Vaccination in Bombay 1924-1928 - 1924-1928
Year: 1924
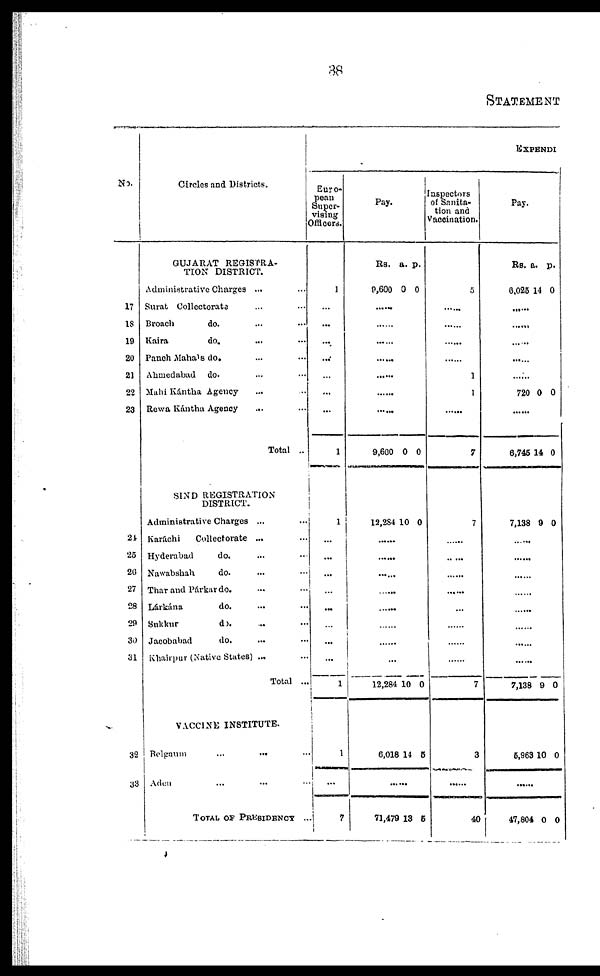
38
STATEMENT
No.
17
18
19
20
21
22
23
21
25
26
27
28
29
30
31
32
33
Circles and Districts.
GUJARAT REGISTRA-
TION DISTRICT.
Administrative Charges ...
Surat Collectorate ... ...
Broach
do. ... ...
Kaira
do. ... ...
Panch Mahals do. ... ...
Ahmedabad
do. ... ...
Mahi Kántha Agency ... ...
Rewa Kántha Agency
... ...
Total ...
SIND REGISTRATION
DISTRICT.
Administrative Charges ... ...
Karachi
Collectorate ...
Hyderabad
do. ...
Nawabshah
do. ...
Thar and Párkar do. ...
Lárkána
do. ...
Sukkur
do. ...
Jacobabad
do.
Khairpur (Native States) ...
Total ..
VACCINE INSTITUTE.
Belgaum
...
...
...
Aden ... ... ...
TOTAL OF PRESIDNECY ...
EXPENDI
Euro¬
pean
Super¬
vising
Officers.
1
...
...
...
...
...
...
...
1
1
...
...
...
...
...
...
...
...
1
1
...
7
Pay.
Rs.
9,600
a.
0
p.
0
......
......
......
......
......
......
9,600 0 0
12,284 10 0
......
......
......
......
......
......
......
......
12,284 10 0
6,018 14 5
......
71,479 13 5
Inspectors
of Sanita-
tion and
Vaccination.
5
......
......
......
......
1
1
......
7
7
......
......
......
......
......
......
......
......
7
3
......
40
Pay.
Rs.
6,025
a.
14
p.
0
......
......
......
720 0 0
......
6,746 14 0
7,138 9 0
......
......
......
......
......
......
......
......
7,138 9 0
5,963 10 0
......
47,804 0 0